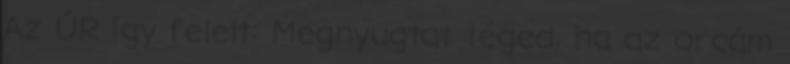
Az ÚR így felelt: Megnyugtat téged, ha az orcám